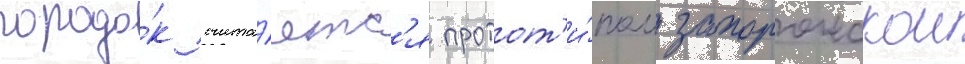
городо́к счита́етс'я протот'и́пом запорожскои